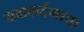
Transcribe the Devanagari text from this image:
यक्षकर्दमाचा